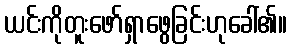
ယင်းကိုတူးဖော်ရှာဖွေခြင်းဟုခေါ်၏။